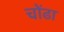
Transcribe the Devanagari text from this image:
चोंढा